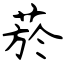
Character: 菸